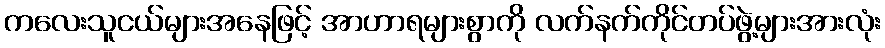
ကလေးသူငယ်များအနေဖြင့် အာဟာရများစွာကို လက်နက်ကိုင်တပ်ဖွဲ့များအားလုံး